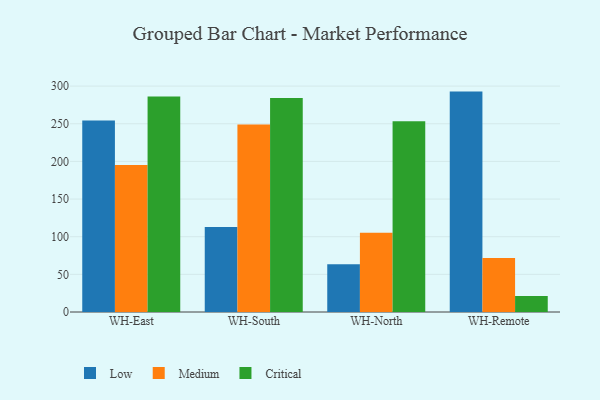
{"axis": {"x": "Warehouse", "y": "Demand Index"}, "legend": ["Critical", "Low", "Medium"], "data": [{"x": "WH-East", "y": 254.2, "type": "Low"}, {"x": "WH-East", "y": 195.3, "type": "Medium"}, {"x": "WH-East", "y": 286.2, "type": "Critical"}, {"x": "WH-South", "y": 113.0, "type": "Low"}, {"x": "WH-South", "y": 249.1, "type": "Medium"}, {"x": "WH-South", "y": 284.1, "type": "Critical"}, {"x": "WH-North", "y": 63.4, "type": "Low"}, {"x": "WH-North", "y": 105.1, "type": "Medium"}, {"x": "WH-North", "y": 253.4, "type": "Critical"}, {"x": "WH-Remote", "y": 292.7, "type": "Low"}, {"x": "WH-Remote", "y": 71.7, "type": "Medium"}, {"x": "WH-Remote", "y": 21.3, "type": "Critical"}]}